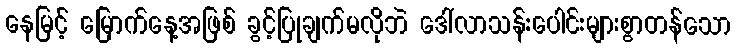
နေမြင့် မြောက်နေ့အဖြစ် ခွင့်ပြုချက်မလိုဘဲ ဒေါ်လာသန်းပေါင်းများစွာတန်သော